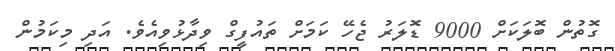
ގޮތުން ބޮލަކަށް 9000 ޑޮލަރު ޖެހޭ ކަމަށް ތައުފީގް ވިދާޅުވިއެވެ. އަދި މިކަމުން